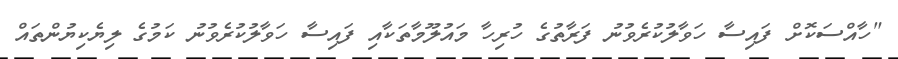
"ހާއްސަކޮށް ފައިސާ ހަވާލުކުރެވުނު ފަރާތުގެ ހުރިހާ މައުލޫމާތަކާއި ފައިސާ ހަވާލުކުރެވުނު ކަމުގެ ލިޔެކިޔުންތައް